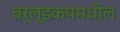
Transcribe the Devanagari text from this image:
वर्ल्डकपमधील